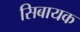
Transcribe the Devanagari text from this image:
सिबायक